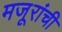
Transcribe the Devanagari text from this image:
मजूरांची